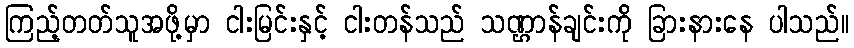
ကြည့်တတ်သူအဖို့မှာ ငါးမြင်းနှင့် ငါးတန်သည် သဏ္ဌာန်ချင်းကို ခြားနားနေ ပါသည်။